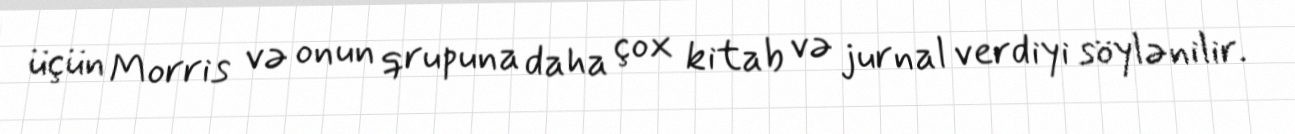
üçün Morris və onun qrupuna daha çox kitab və jurnal verdiyi söylənilir.